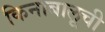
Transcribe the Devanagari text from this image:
किनाबालूची